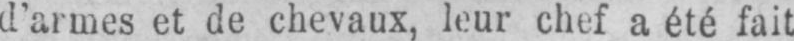
d’armes et de chevaux, leur chef a été fait